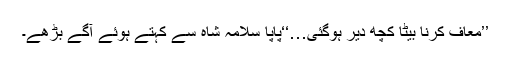
’’معاف کرنا بیٹا کچھ دیر ہوگئی…‘‘پاپا سلامہ شاہ سے کہتے ہوئے آگے بڑھے۔